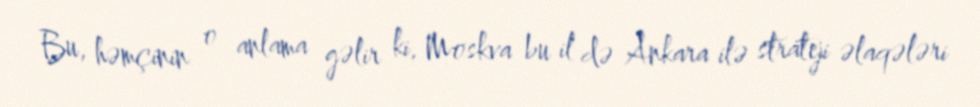
Bu, həmçinin o anlama gəlir ki, Moskva bu il də Ankara ilə strateji əlaqələri